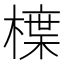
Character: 𭫳